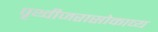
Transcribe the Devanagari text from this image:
पृथ्वीजरासोकाव्य